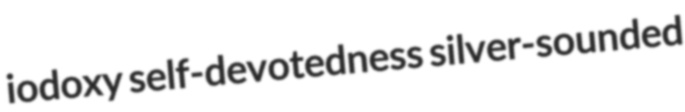
iodoxy self-devotedness silver-sounded